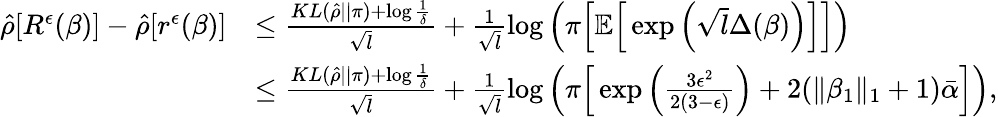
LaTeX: \begin{array}{rl}{\hat{\rho}[R^{\epsilon}(\beta)]-\hat{\rho}[r^{\epsilon}(\beta)]}&{\leq\frac{KL(\hat{\rho}||\pi)+\log\frac{1}{\delta}}{\sqrt{l}}+\frac{1}{\sqrt{l}}\log\Big(\pi\Big[\mathbb{E}\Big[\exp\Big(\sqrt{l}\Delta(\beta)\Big)\Big]\Big]\Big)}\\ &{\leq\frac{KL(\hat{\rho}||\pi)+\log\frac{1}{\delta}}{\sqrt{l}}+\frac{1}{\sqrt{l}}\log\Big(\pi\Big[\exp\Big(\frac{3\epsilon^{2}}{2(3-\epsilon)}\Big)+2(\| \beta_{1}\| _{1}+1)\bar{\alpha}\Big]\Big),}\end{array}